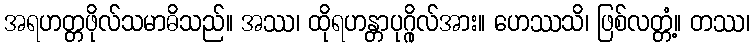
အရဟတ္တဖိုလ်သမာဓိသည်။ အဿ၊ ထိုရဟန္တာပုဂ္ဂိုလ်အား။ ဟေဿသိ၊ ဖြစ်လတ္တံ့။ တဿ၊